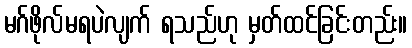
မဂ်ဖိုလ်မရပဲလျက် ရသည်ဟု မှတ်ထင်ခြင်းတည်း။